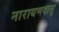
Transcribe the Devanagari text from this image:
नारायणदासु